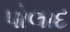
પોલાદ